Vaccination in Bombay 1902-1912 - 1902-1912
Year: 1902
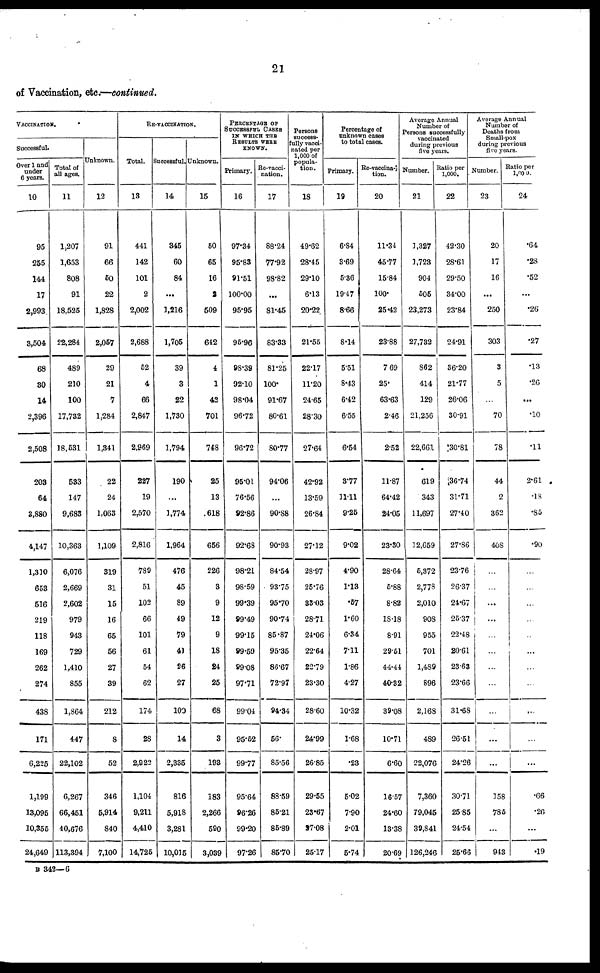
21
of Vaccination, etc.—continued.
VACCINATION.
Successful.
Over 1 and
under
6 years.
10
95
255
144
17
2,993
8,504
68
30
14
2,396
2,508
203
64
3,880
4,147
1,310
653
516
219
118
169
262
274
438
171
6,225
1,199
13,095
10,355
24,649
Total of
all ages.
11
1,207
1,653
808
91
18,525
22,284
489
210
100
17,732
18,531
533
147
9,683
10,363
6,076
2,669
2,602
979
943
729
1,410
855
1,864
447
22,102
6,267
66,451
40,676
113,394
Unknown.
12
91
66
50
22
1,828
2,057
29
21
7
1,284
1,341
22
24
1,063
1,109
319
31
15
16
65
56
27
39
212
8
52
346
5,914
840
7,100
RE-VACCINATION.
Total.
13
441
142
101
2
2,002
2,688
52
4
66
2,847
2,969
227
19
2,570
2,816
789
51
102
66
101
61
54
62
174
28
2,922
1,104
9,211
4,410
14,725
Successful.
14
345
60
84
...
1,216
1,705
39
3
22
1,730
1,794
190
...
1,774
1,964
476
45
89
49
79
41
26
27
100
14
2,335
816
5,918
3,281
10,015
Unknown.
15
50
65
16
2
509
642
4
1
42
701
748
25
13
618
656
226
3
9
12
9
18
24
25
68
3
193
183
2,266
590
3,039
PERCENTAGE OF
SUCCESSFUL CASES
IN WHICH THE
RESULTS WERE
KNOWN.
Primary.
16
97.34
95.83
91.51
100.00
95.95
95.96
98.39
92.10
98.04
96.72
96.72
95.01
76.56
92.86
92.68
98.21
98.59
99.39
99.49
99.15
99.59
99.08
97.71
99.04
95.52
99.77
95.64
96.26
99.20
97.26
Re-vacci-
nation.
17
88.24
77.92
98.82
...
81.45
83.33
81.25
100.
91.67
80.61
80.77
94.06
...
90.88
90.93
84.54
93.75
95.70
90.74
85.87
95.35
86.67
72.97
94.34
56.
85.56
88.59
85.21
85.89
85.70
Persons
success-
fully vacci-
nated per
1,000 of
popula-
tion.
18
49.62
28.45
29.10
6.13
20.22
21.55
22.17
11.20
24.65
28.30
27.64
42.92
13.59
26.84
27.12
28.97
25.76
33.03
28.71
24.06
22.64
22.79
23.30
28.60
24.99
26.85
29.55
28.67
27.08
25.17
Percentage of
unknown cases
to total cases.
Primary.
19
6.84
3.69
5.36
19.47
8.66
8.14
5.51
8.43
6.42
6.55
6.54
3.77
11.11
9.25
9.02
4.90
1.13
.57
1.60
6.34
7.11
1.86
4.27
10.32
1.68
.23
5.02
7.90
2.01
5.74
Re-vaccina-
tion.
20
11.34
45.77
15.84
100.
25.42
23.88
7.69
25.
63.63
2.46
2.52
11.87
64.42
24.05
23.30
28.64
5.88
8.82
18.18
8.91
29.51
44.44
40.32
39.08
10.71
6.60
16.57
24.60
13.38
20.69
Average Annual
Number of
Persons successfully
vaccinated
during previous
five years.
Number.
21
1,327
1,723
904
505
23,273
27,732
862
414
129
21,256
22,661
619
343
11,697
12,659
5,372
2,778
2,010
908
955
701
1,489
896
2,168
489
22,076
7,360
79,045
39,841
126,246
Ratio per
1,000.
22
42.30
28.61
29.50
34.00
23.84
24.91
36.20
21.77
26.06
30.91
30.81
36.74
31.71
27.40
27.86
23.76
26.37
24.67
25.37
22.48
20.61
23.63
23.66
31.68
26.51
24.26
30.71
25.85
24.54
25.66
Average Annual
Number of
Deaths from
Small-pox
during previous
five years.
Number.
23
20
17
16
...
250
303
3
5
...
70
78
44
2
362
408
...
...
...
...
...
...
...
...
...
...
...
158
785
...
943
Ratio per
1,000.
24
.64
.28
.52
...
.26
.27
.13
.26
...
.10
.11
2.61
.18
.85
.90
...
...
...
...
...
...
...
...
...
...
...
.66
.26
...
.19
B 342—6